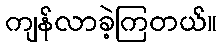
ကျန်လာခဲ့ကြတယ်။